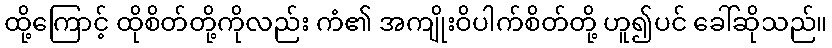
ထို့ကြောင့် ထိုစိတ်တို့ကိုလည်း ကံ၏ အကျိုးဝိပါက်စိတ်တို့ ဟူ၍ပင် ခေါ်ဆိုသည်။